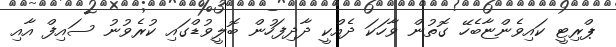
ޕްރިޓީ ކައިވެންޏާބެހޭ ގޮތުން ވާހަކަ ދެއްކީ ދާދިފަހުން ބޮލީވުޑްގައި ކުރެވުނު ސައިފް އާއި